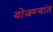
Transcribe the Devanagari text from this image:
योजण्यांत